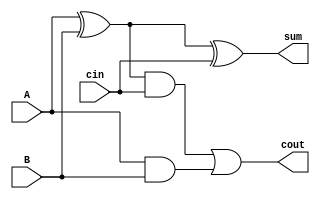
`timescale 1ns / 1ps

//Author Name:  Deepak Lal
// Full Adder circuit Using Gate-level Modelling
module Full_Adder(sum, cout, cin, A, B );
input cin,A, B;
output cout, sum;
wire s1,s2, s3;
//gates for sum expression
xor xor1(s1, A, B);
xor xor2(sum, s1, cin);
 // gates for cout  expression
and and1(s3, A,B);
and and2(s2, s1, cin);
or or1(cout,s2, s3);   
endmodule